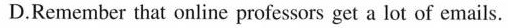
D.Remember that online professors get a lot of emails.